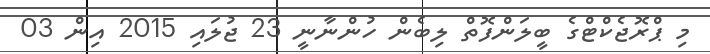
މި ޕްރޮޖެކްޓްގެ ބީލަންފޮތް ލިބެން ހުންނާނީ 23 ޖުލައި 2015 އިން 03